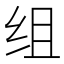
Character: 组